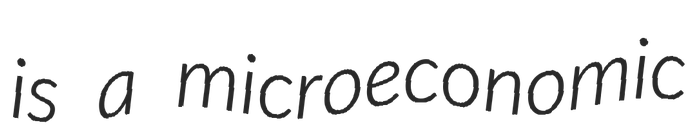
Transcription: is a microeconomic